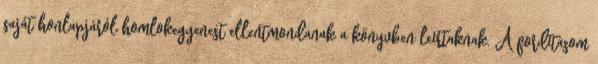
saját honlapjáról homlokegyenest ellentmondanak a könyvben leírtaknak. A fordításom